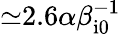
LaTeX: {\simeq}2.6\alpha\beta_{\mathrm{i0}}^{-1}